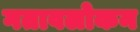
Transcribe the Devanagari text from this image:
गतावलोकन